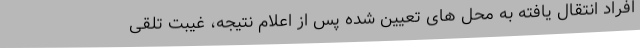
افراد انتقال یافته به محل های تعیین شده پس از اعلام نتیجه، غیبت تلقی